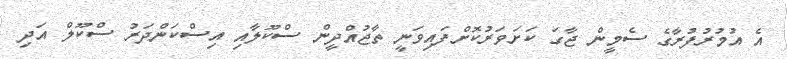
އެ އުމުރުފުރާގެ ސެމީން ޖާގަ ކަށަވަރުކޮށްފައިވަނީ ތާޖުއްދީން ސްކޫލާއި އިސްކަންދަރު ސްކޫލް އަދި